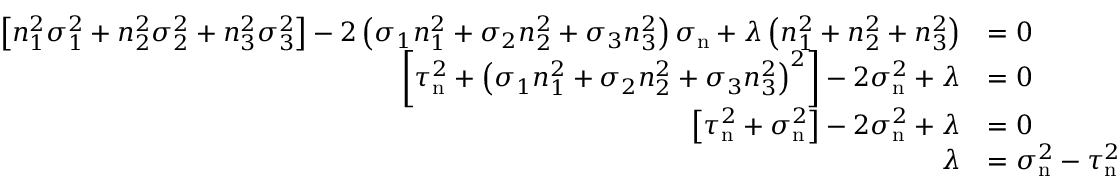
{ \begin{array} { r l } { \left[ n _ { 1 } ^ { 2 } \sigma _ { 1 } ^ { 2 } + n _ { 2 } ^ { 2 } \sigma _ { 2 } ^ { 2 } + n _ { 3 } ^ { 2 } \sigma _ { 3 } ^ { 2 } \right] - 2 \left( \sigma _ { 1 } n _ { 1 } ^ { 2 } + \sigma _ { 2 } n _ { 2 } ^ { 2 } + \sigma _ { 3 } n _ { 3 } ^ { 2 } \right) \sigma _ { \mathrm { n } } + \lambda \left( n _ { 1 } ^ { 2 } + n _ { 2 } ^ { 2 } + n _ { 3 } ^ { 2 } \right) } & { = 0 } \\ { \left[ \tau _ { \mathrm { n } } ^ { 2 } + \left( \sigma _ { 1 } n _ { 1 } ^ { 2 } + \sigma _ { 2 } n _ { 2 } ^ { 2 } + \sigma _ { 3 } n _ { 3 } ^ { 2 } \right) ^ { 2 } \right] - 2 \sigma _ { \mathrm { n } } ^ { 2 } + \lambda } & { = 0 } \\ { \left[ \tau _ { \mathrm { n } } ^ { 2 } + \sigma _ { \mathrm { n } } ^ { 2 } \right] - 2 \sigma _ { \mathrm { n } } ^ { 2 } + \lambda } & { = 0 } \\ { \lambda } & { = \sigma _ { \mathrm { n } } ^ { 2 } - \tau _ { \mathrm { n } } ^ { 2 } } \end{array} }